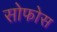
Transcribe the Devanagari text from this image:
सोफोस